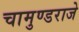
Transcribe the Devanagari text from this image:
चामुण्डराजे